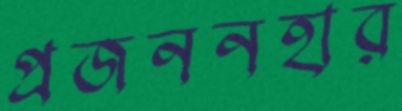
প্রজননহার